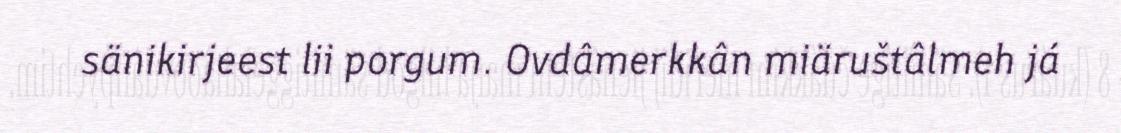
sänikirjeest lii porgum. Ovdâmerkkân miäruštâlmeh já